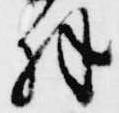
羽